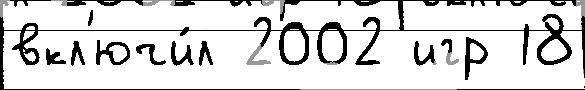
вкл'ючи́л 2002 игр 18